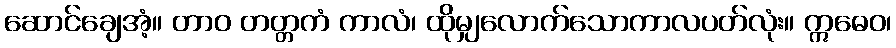
ဆောင်ချေအံ့။ တာဝ တတ္တကံ ကာလံ၊ ထိုမျှလောက်သောကာလပတ်လုံး။ ဣဓေဝ၊